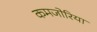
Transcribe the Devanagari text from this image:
कमजोरिया